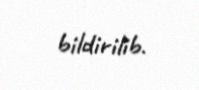
bildirilib.